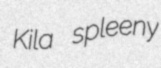
Kila spleeny